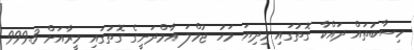
ހިސާބުތައް ދައްކާ ގޮތުގައި މިދިޔަ މަހު ޖުމްލަ އާމްދަނީގެ ގޮތުގައި މީރާއަށް 999.3